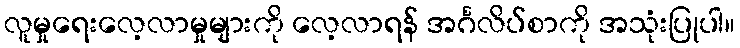
လူမှုရေးလေ့လာမှုများကို လေ့လာရန် အင်္ဂလိပ်စာကို အသုံးပြုပါ။